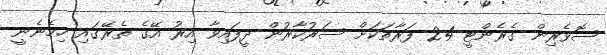
ސޮވެރިން ގެރެންޓީ 24 ފަރާތަކަށް ސަރުކާރުން ދީފައިވާ އިރު އޭގެ ތެރޭގައި ހިމެނެނީ